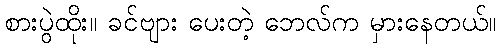
စားပွဲထိုး။ ခင်ဗျား ပေးတဲ့ ဘေလ်က မှားနေတယ်။